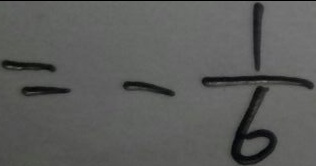
= - \frac { 1 } { 6 }